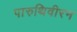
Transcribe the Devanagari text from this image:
पारुथिवीरन